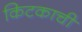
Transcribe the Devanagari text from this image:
किटकाची